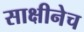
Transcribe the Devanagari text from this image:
साक्षीनेच